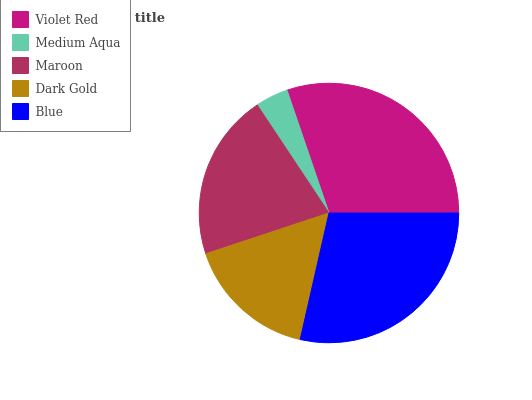
| Violet Red | Medium Aqua | Maroon | Dark Gold | Blue |
 | --- | --- | --- | --- | --- |
 | 30.3% | 4.09% | 20.7% | 16.4% | 28.5% |